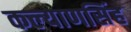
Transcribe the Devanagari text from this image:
कल्‍याणसिंह